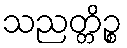
သညတ္တိဉ္စ